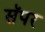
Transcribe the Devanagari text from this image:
सॅपर